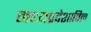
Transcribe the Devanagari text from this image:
मध्यप्रदेशातिल